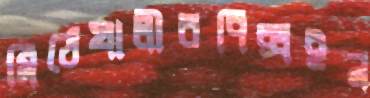
মিঠেখালীরপিক্সইন